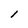
Character: l